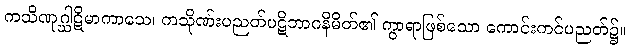
ကသိဏုဂ္ဃါဋိမာကာသေ၊ ကသိုဏ်းပညတ်ပဋိဘာဂနိမိတ်၏ ကွာရာဖြစ်သော ကောင်းကင်ပညတ်၌။